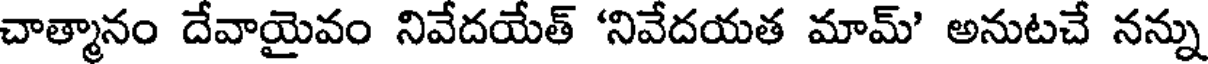
చాత్మానం దేవాయైవం నివేదయేత్ 'నివేదయత మామ్' అనుటచే నన్ను